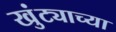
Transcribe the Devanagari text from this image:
खुंट्याच्या